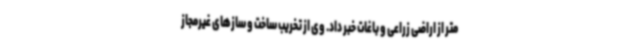
متر از اراضی زراعی و باغات خبر داد. وی از تخریب ساخت و سازهای غیرمجاز